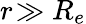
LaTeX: r\! \gg R_{e}